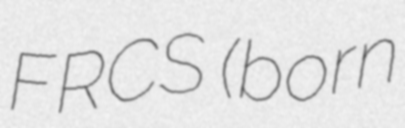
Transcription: FRCS (born